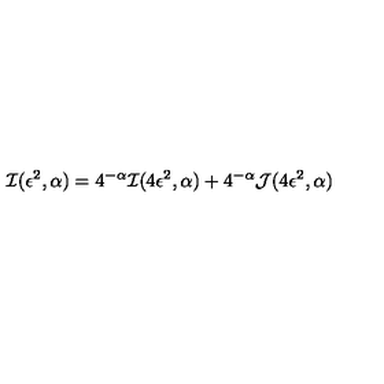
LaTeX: { \cal I } ( \epsilon ^ { 2 } , \alpha ) = 4 ^ { - \alpha } { \cal I } ( 4 \epsilon ^ { 2 } , \alpha ) + 4 ^ { - \alpha } { \cal J } ( 4 \epsilon ^ { 2 } , \alpha )